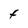
Character: t